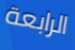
الرابعة